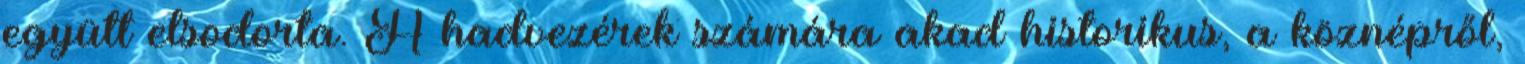
együtt elsodorta. A hadvezérek számára akad historikus, a köznépről,